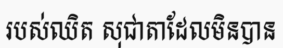
របស់ឈិត សុជាតាដែលមិនបាន